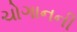
ચોગાનની